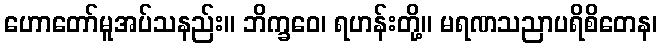
ဟောတော်မူအပ်သနည်း။ ဘိက္ခဝေ၊ ရဟန်းတို့။ မရဏသညာပရိစိတေန၊